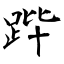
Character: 跸